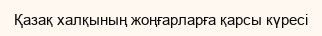
Қазақ халқының жоңғарларға қарсы күресі